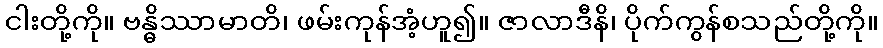
ငါးတို့ကို။ ဗန္ဓိဿာမာတိ၊ ဖမ်းကုန်အံ့ဟူ၍။ ဇာလာဒီနိ၊ ပိုက်ကွန်စသည်တို့ကို။